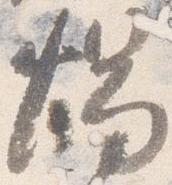
燭